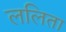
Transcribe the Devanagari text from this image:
ललिता